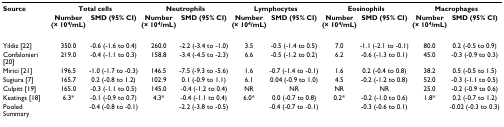
<table><thead><tr><td><b>Source</b></td><td colspan="2"><b>Total cells</b></td><td colspan="2"><b>Neutrophils</b></td><td colspan="2"><b>Lymphocytes</b></td><td colspan="2"><b>Eosinophils</b></td><td colspan="2"><b>Macrophages</b></td></tr><tr><td></td><td><b>Number (× 10<sup>4</sup>/mL)</b></td><td><b>SMD (95% CI)</b></td><td><b>Number (× 10<sup>4</sup>/mL)</b></td><td><b>SMD (95% CI)</b></td><td><b>Number (× 10<sup>4</sup>/mL)</b></td><td><b>SMD (95% CI)</b></td><td><b>Number (× 10<sup>4</sup>/mL)</b></td><td><b>SMD (95% CI)</b></td><td><b>Number (× 10<sup>4</sup>/mL)</b></td><td><b>SMD (95% CI)</b></td></tr></thead><tbody><tr><td>Yildiz [22]</td><td>350.0</td><td>-0.6 (-1.6 to 0.4)</td><td>260.0</td><td>-2.2 (-3.4 to -1.0)</td><td>3.5</td><td>-0.5 (-1.4 to 0.5)</td><td>7.0</td><td>-1.1 (-2.1 to -0.1)</td><td>80.0</td><td>0.2 (-0.5 to 0.9)</td></tr><tr><td>Confalonieri [20]</td><td>219.0</td><td>-0.4 (-1.1 to 0.3)</td><td>158.8</td><td>-3.4 (-4.5 to -2.3)</td><td>6.6</td><td>-0.5 (-1.2 to 0.2)</td><td>6.2</td><td>-0.6 (-1.3 to 0.1)</td><td>45.0</td><td>-0.3 (-0.9 to 0.3)</td></tr><tr><td>Mirici [21]</td><td>196.5</td><td>-1.0 (-1.7 to -0.3)</td><td>146.5</td><td>-7.5 (-9.3 to -5.6)</td><td>1.6</td><td>-0.7 (-1.4 to -0.1)</td><td>1.6</td><td>0.2 (-0.4 to 0.8)</td><td>38.2</td><td>0.5 (-0.5 to 1.5)</td></tr><tr><td>Sugiura [7]</td><td>165.7</td><td>0.2 (-0.8 to 1.2)</td><td>102.9</td><td>0.1 (-0.9 to 1.1)</td><td>6.1</td><td>0.04 (-0.9 to 1.0)</td><td>4.5</td><td>-0.2 (-1.2 to 0.8)</td><td>52.0</td><td>-0.3 (-1.1 to 0.5)</td></tr><tr><td>Culpitt [19]</td><td>165.0</td><td>-0.3 (-1.1 to 0.5)</td><td>145.0</td><td>-0.4 (-1.2 to 0.4)</td><td>NR</td><td>NR</td><td>NR</td><td>NR</td><td>25.0</td><td>-0.2 (-0.9 to 0.6)</td></tr><tr><td>Keatings [18]</td><td>6.3*</td><td>-0.1 (-0.9 to 0.7)</td><td>4.3*</td><td>-0.4 (-1.1 to 0.4)</td><td>6.0*</td><td>0.0 (-0.7 to 0.8)</td><td>0.2*</td><td>-0.2 (-1.0 to 0.6)</td><td>1.8*</td><td>0.2 (-0.7 to 1.2)</td></tr><tr><td>Pooled Summary</td><td></td><td>-0.4 (-0.8 to -0.1)</td><td></td><td>-2.2 (-3.8 to -0.5)</td><td></td><td>-0.4 (-0.7 to -0.1)</td><td></td><td>-0.3 (-0.6 to 0.1)</td><td></td><td>-0.02 (-0.3 to 0.3)</td></tr></tbody></table>